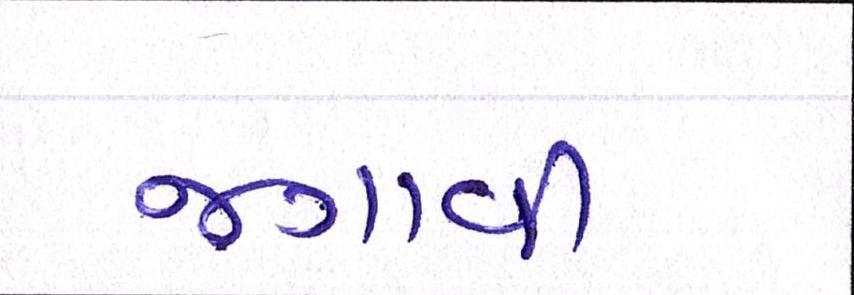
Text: જગાવી